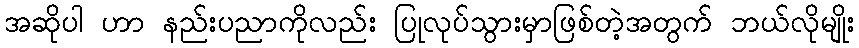
အဆိုပါ ဟာ နည်းပညာကိုလည်း ပြုလုပ်သွားမှာဖြစ်တဲ့အတွက် ဘယ်လိုမျိုး